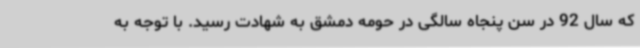
که سال 92 در سن پنجاه سالگی در حومه دمشق به شهادت رسید. با توجه به